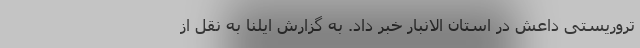
تروریستی داعش در استان الانبار خبر داد. به گزارش ایلنا به نقل از